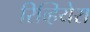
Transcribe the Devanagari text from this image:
रिव्हियेरा